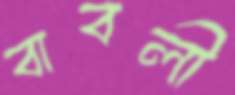
বাবলী